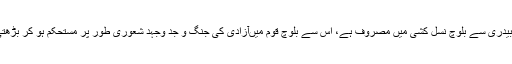
پاکستان جس بیدری سے بلوچ نسل کشی میں مصروف ہے، اِس سے بلوچ قوم میںآزادی کی جنگ و جد وجہد شعوری طور پر مستحکم ہو کر بڑھتی جارہی ہے۔